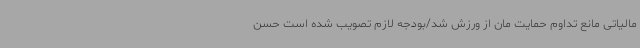
مالیاتی مانع تداوم حمایت مان از ورزش شد/بودجه لازم تصویب شده است حسن